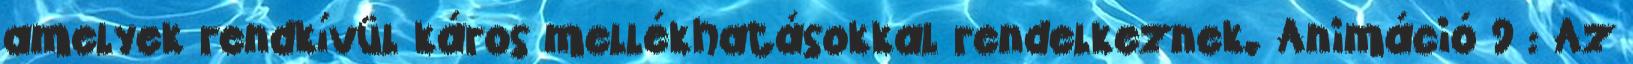
amelyek rendkívül káros mellékhatásokkal rendelkeznek. Animáció 9 : Az